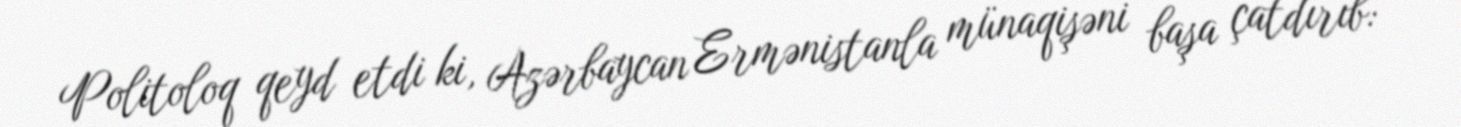
Politoloq qeyd etdi ki, Azərbaycan Ermənistanla münaqişəni başa çatdırıb: